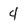
Character: 4